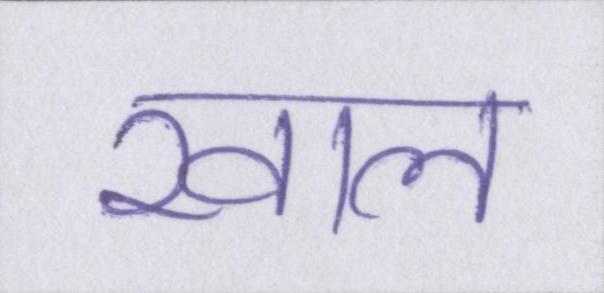
खाल